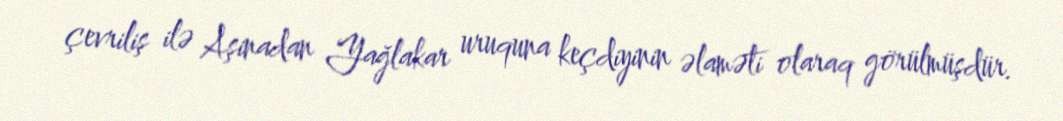
çevriliş ilə Aşinadan Yağlakar uruquna keçdiyinin əlaməti olaraq görülmüşdür.